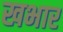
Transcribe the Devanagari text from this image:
खभार